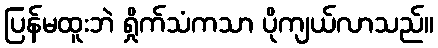
ပြန်မထူးဘဲ ရှိုက်သံကသာ ပိုကျယ်လာသည်။